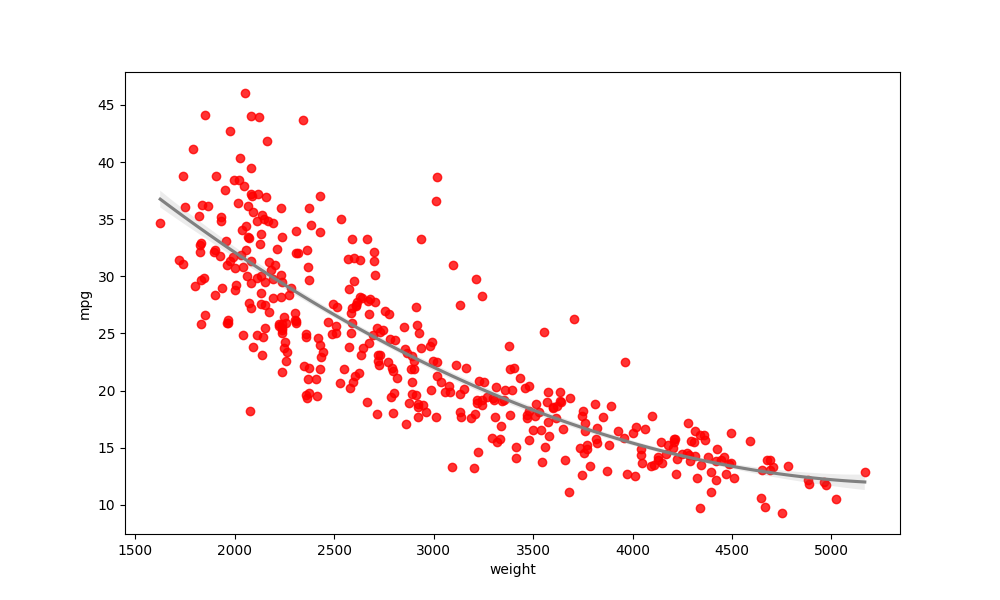
python, seaborn, regplot, order=2, ci=68, scatter_color=red, line_color=gray